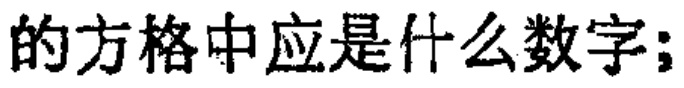
的方格中应是什么数字;